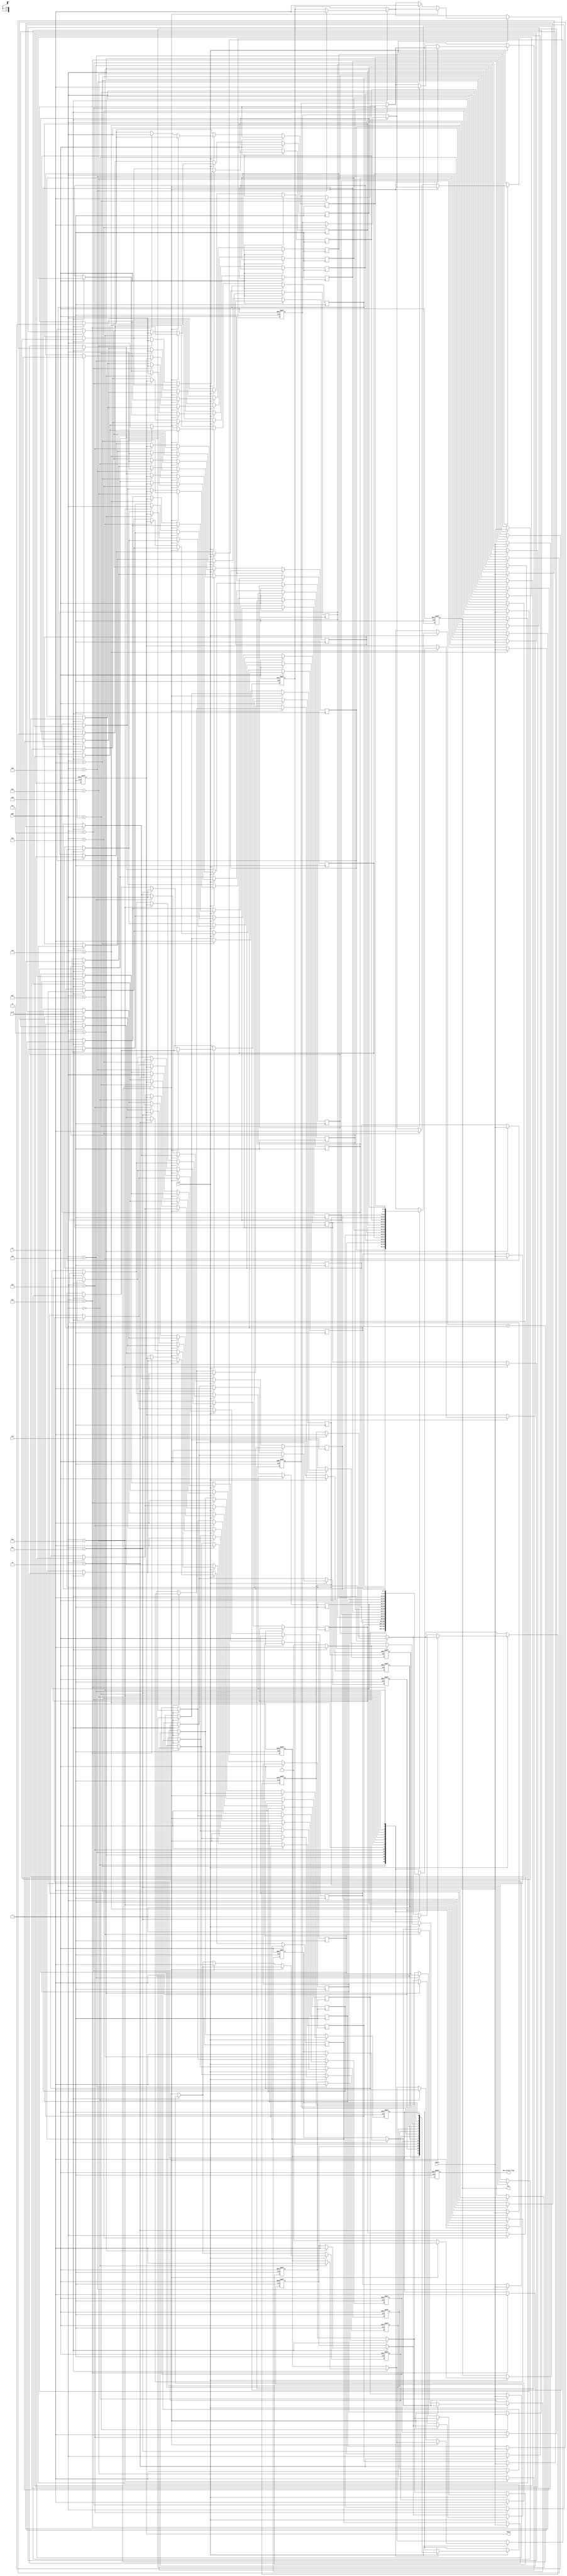
module write_through_cache #(
    parameter CACHE_SIZE = 16,  // Number of cache entries
    parameter ADDR_BITS = 4,     // Address bits (for CACHE_SIZE = 16)
    parameter DATA_BITS = 8       // Data width
)(
    input wire clk,
    input wire rst,
    input wire [ADDR_BITS-1:0] addr,
    input wire [DATA_BITS-1:0] wdata,
    input wire r_en,
    input wire w_en,
    output reg [DATA_BITS-1:0] rdata,
    output reg hit,
    output reg mem_access_flag
);

    // Cache storage and tag arrays
    reg [DATA_BITS-1:0] cache_data[CACHE_SIZE-1:0];
    reg [ADDR_BITS-1:0] cache_tag[CACHE_SIZE-1:0];
    reg valid[CACHE_SIZE-1:0];

    integer i;

    // Cache reset logic
    always @(posedge clk or posedge rst) begin
        if (rst) begin
            for (i = 0; i < CACHE_SIZE; i = i + 1) begin
                valid[i] <= 1'b0; // Invalidate all cache entries
            end
            mem_access_flag <= 1'b0;
            hit <= 1'b0;
            rdata <= {DATA_BITS{1'b0}};
        end else begin
            mem_access_flag <= 1'b0; // Reset memory access flag

            // Write operation
            if (w_en) begin
                // Write to cache
                cache_data[addr] <= wdata;
                cache_tag[addr] <= addr; // Store address as tag
                valid[addr] <= 1'b1; // Mark entry as valid

                // Write to memory (simulated)
                // memory[addr] <= wdata; // Assuming a memory array exists

                // Set memory access flag
                mem_access_flag <= 1'b1;
            end

            // Read operation
            if (r_en) begin
                hit <= 1'b0; // Default to no hit
                if (valid[addr] && (cache_tag[addr] == addr)) begin
                    // Cache hit
                    rdata <= cache_data[addr];
                    hit <= 1'b1;
                end else begin
                    // Cache miss - read from memory (simulated)
                    // rdata <= memory[addr]; // Assuming a memory array exists
                    // Update cache with fetched data
                    cache_data[addr] <= rdata; // Store fetched data in cache
                    cache_tag[addr] <= addr; // Update tag
                    valid[addr] <= 1'b1; // Mark entry as valid
                    mem_access_flag <= 1'b1; // Set memory access flag
                end
            end
        end
    end

endmodule